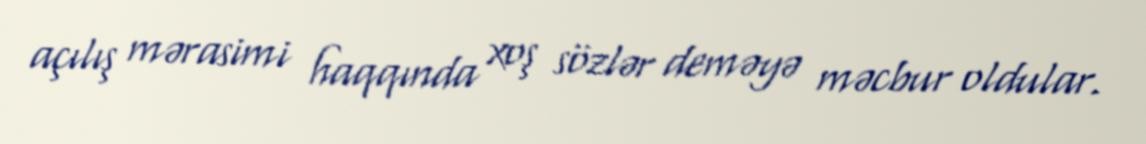
açılış mərasimi haqqında xoş sözlər deməyə məcbur oldular.